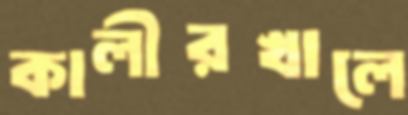
কালীরখালে